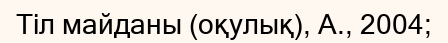
Тіл майданы (оқулық), А., 2004;